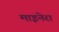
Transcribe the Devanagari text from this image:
माइनेरा